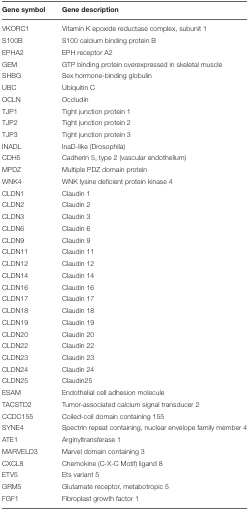
| Gene symbol | Gene description |
 | --- | --- |
 | VKORC1 | Vitamin K epoxide reductase complex, subunit 1 |
 | S100B | S100 calcium binding protein B |
 | EPHA2 | EPH receptor A2 |
 | GEM | GTP binding protein overexpressed in skeletal muscle |
 | SHBG | Sex hormone-binding globulin |
 | UBC | Ubiquitin C |
 | OCLN | Occludin |
 | TJP1 | Tight junction protein 1 |
 | TJP2 | Tight junction protein 2 |
 | TJP3 | Tight junction protein 3 |
 | INADL | InaD-like (Drosophila) |
 | CDH5 | Cadherin 5, type 2 (vascular endothelium) |
 | MPDZ | Multiple PDZ domain protein |
 | WNK4 | WNK lysine deficient protein kinase 4 |
 | CLDN1 | Claudin 1 |
 | CLDN2 | Claudin 2 |
 | CLDN3 | Claudin 3 |
 | CLDN6 | Claudin 6 |
 | CLDN9 | Claudin 9 |
 | CLDN11 | Claudin 11 |
 | CLDN12 | Claudin 12 |
 | CLDN14 | Claudin 14 |
 | CLDN16 | Claudin 16 |
 | CLDN17 | Claudin 17 |
 | CLDN18 | Claudin 18 |
 | CLDN19 | Claudin 19 |
 | CLDN20 | Claudin 20 |
 | CLDN22 | Claudin 22 |
 | CLDN23 | Claudin 23 |
 | CLDN24 | Claudin 24 |
 | CLDN25 | Claudin25 |
 | ESAM | Endothelial cell adhesion molecule |
 | TACSTD2 | Tumor-associated calcium signal transducer 2 |
 | CCDC155 | Coiled-coil domain containing 155 |
 | SYNE4 | Spectrin repeat containing, nuclear envelope family member 4 |
 | ATE1 | Arginyltransferase 1 |
 | MARVELD3 | Marvel domain containing 3 |
 | CXCL8 | Chemokine (C-X-C Motif) ligand 8 |
 | ETV5 | Ets variant 5 |
 | GRM5 | Glutamate receptor, metabotropic 5 |
 | FGF1 | Fibroplast growth factor 1 |